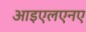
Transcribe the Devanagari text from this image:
आइएलएनए